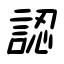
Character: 認